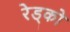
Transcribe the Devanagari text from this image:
रेड्को